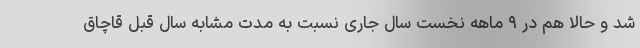
شد و حالا هم در ۹ ماهه نخست سال جاری نسبت به مدت مشابه سال قبل قاچاق